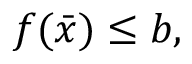
f ( { \bar { x } } ) \leq b ,